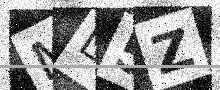
Text: ML5Z